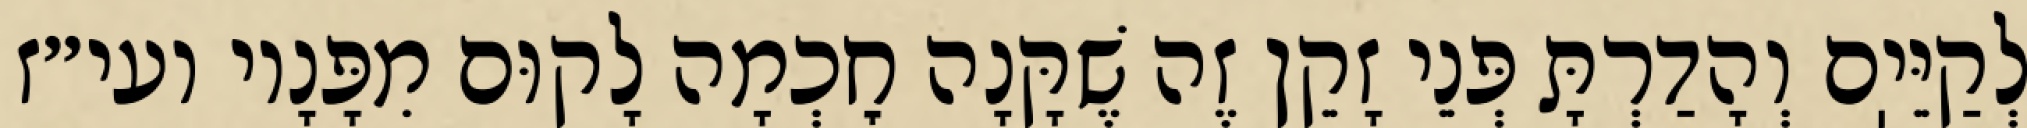
לְקַיֵּיֽם וְהָדַרְתָּ פְּנֵי זָקֵן זֶה שֶׁקָּנָה חׇכְמָה לָקוּם מִפָּנָיו ועי״ז